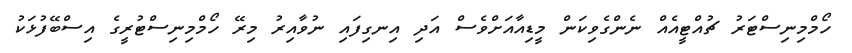
ހޯމްމިނިސްޓަރު ޗުއްޓީއެއް ނެންގެވިކަން މީޑިއާއަށްވެސް އަދި އިނގިފައި ނުވާއިރު މިރޭ ހޯމްމިނިސްޓުރީގެ އިސްބޭފުޅަކު